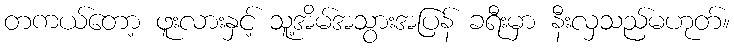
တကယ်တော့ ဖူးလားနှင့် သူ့အိမ်အသွားအပြန် ခရီးမှာ နီးလှသည်မဟုတ်။